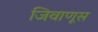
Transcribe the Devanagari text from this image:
जिवाणूस